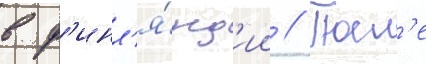
в ф'инл'я́нд'ии // Посл'е